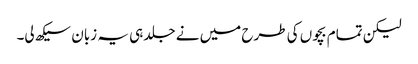
لیکن تمام بچوں کی طرح میں نے جلد ہی یہ زبان سیکھ لی۔